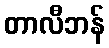
တာလီဘန်